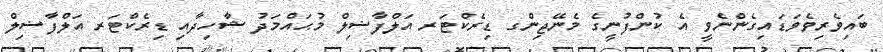
ބައިވެރިވެވަޑައިގެންނެވީ އެ ކުންފުނީގެ މެނޭޖިންގ ޑިރެކްޓަރ އަލްފާޟިލް މުޙައްމަދު ޝާހިދާއި ޑިރެކްޓަރ އަލްފާޟިލް